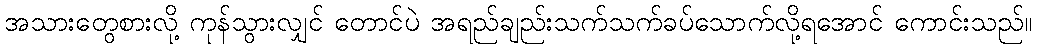
အသားတွေစားလို့ ကုန်သွားလျှင် တောင်ပဲ အရည်ချည်းသက်သက်ခပ်သောက်လို့ရအောင် ကောင်းသည်။